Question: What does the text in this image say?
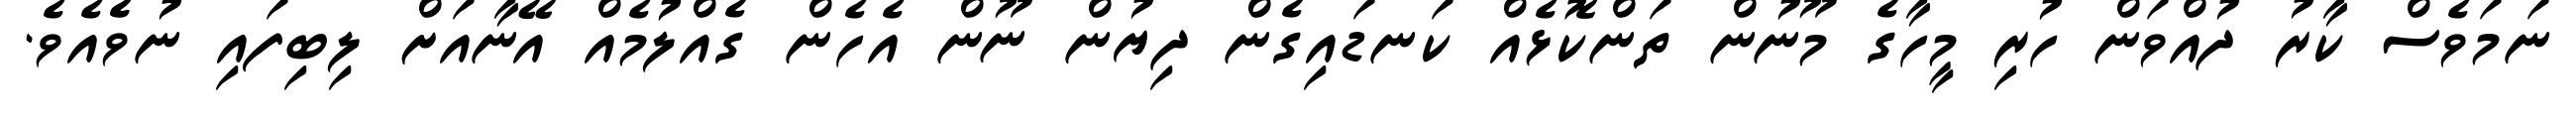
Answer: ނަމަވެސް ކާރު ދުއްވަން ހުރި މީހާގެ މޫނުން ތަންކޮޅެއް ކަނޑައިގެން ދިޔުން ނޫން އެހެން ގެއްލުމެއް އޭނާއަށް ލިބިފައި ނުވެެއެވެ.